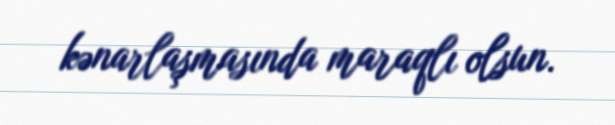
kənarlaşmasında maraqlı olsun.